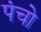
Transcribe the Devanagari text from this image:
पंचो